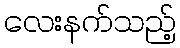
လေးနက်သည့်